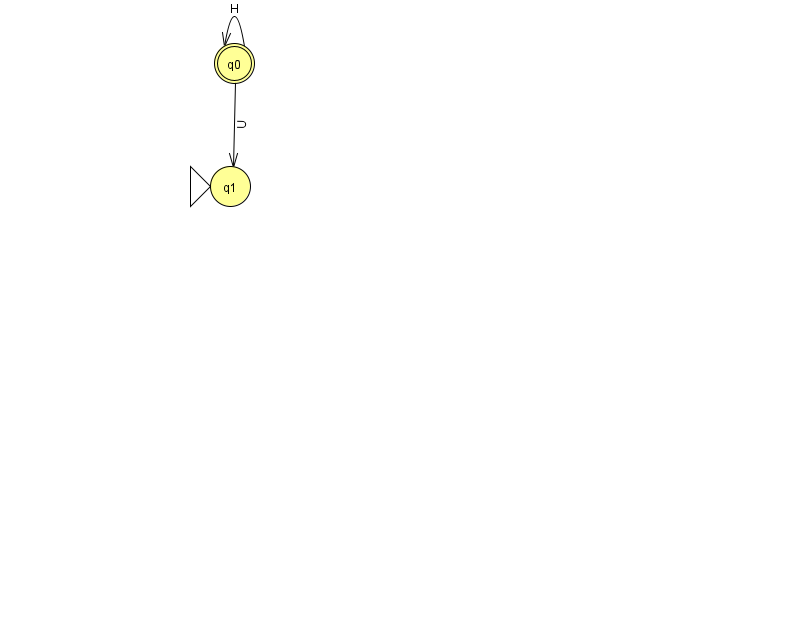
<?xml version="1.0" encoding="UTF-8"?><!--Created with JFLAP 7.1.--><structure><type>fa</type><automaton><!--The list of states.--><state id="0" name="q0"><x>234.0</x><y>50.0</y><final/></state><state id="1" name="q1"><x>230.0</x><y>173.0</y><initial/></state><!--The list of transitions.--><transition><from>0</from><to>1</to><read>U</read></transition><transition><from>0</from><to>0</to><read>H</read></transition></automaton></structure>